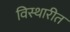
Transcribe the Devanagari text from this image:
विस्थारीत